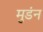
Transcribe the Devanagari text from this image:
मुडंन